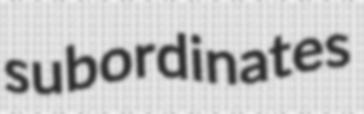
subordinates